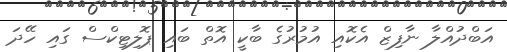
އަބްދުއްލާ ނާފިޒް އެކޮއި އުމުރުގެ ބާކީ އޮތް ބައި ޕޮލިޓިކްސް ގައި ހޭދަ